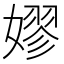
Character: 嫪